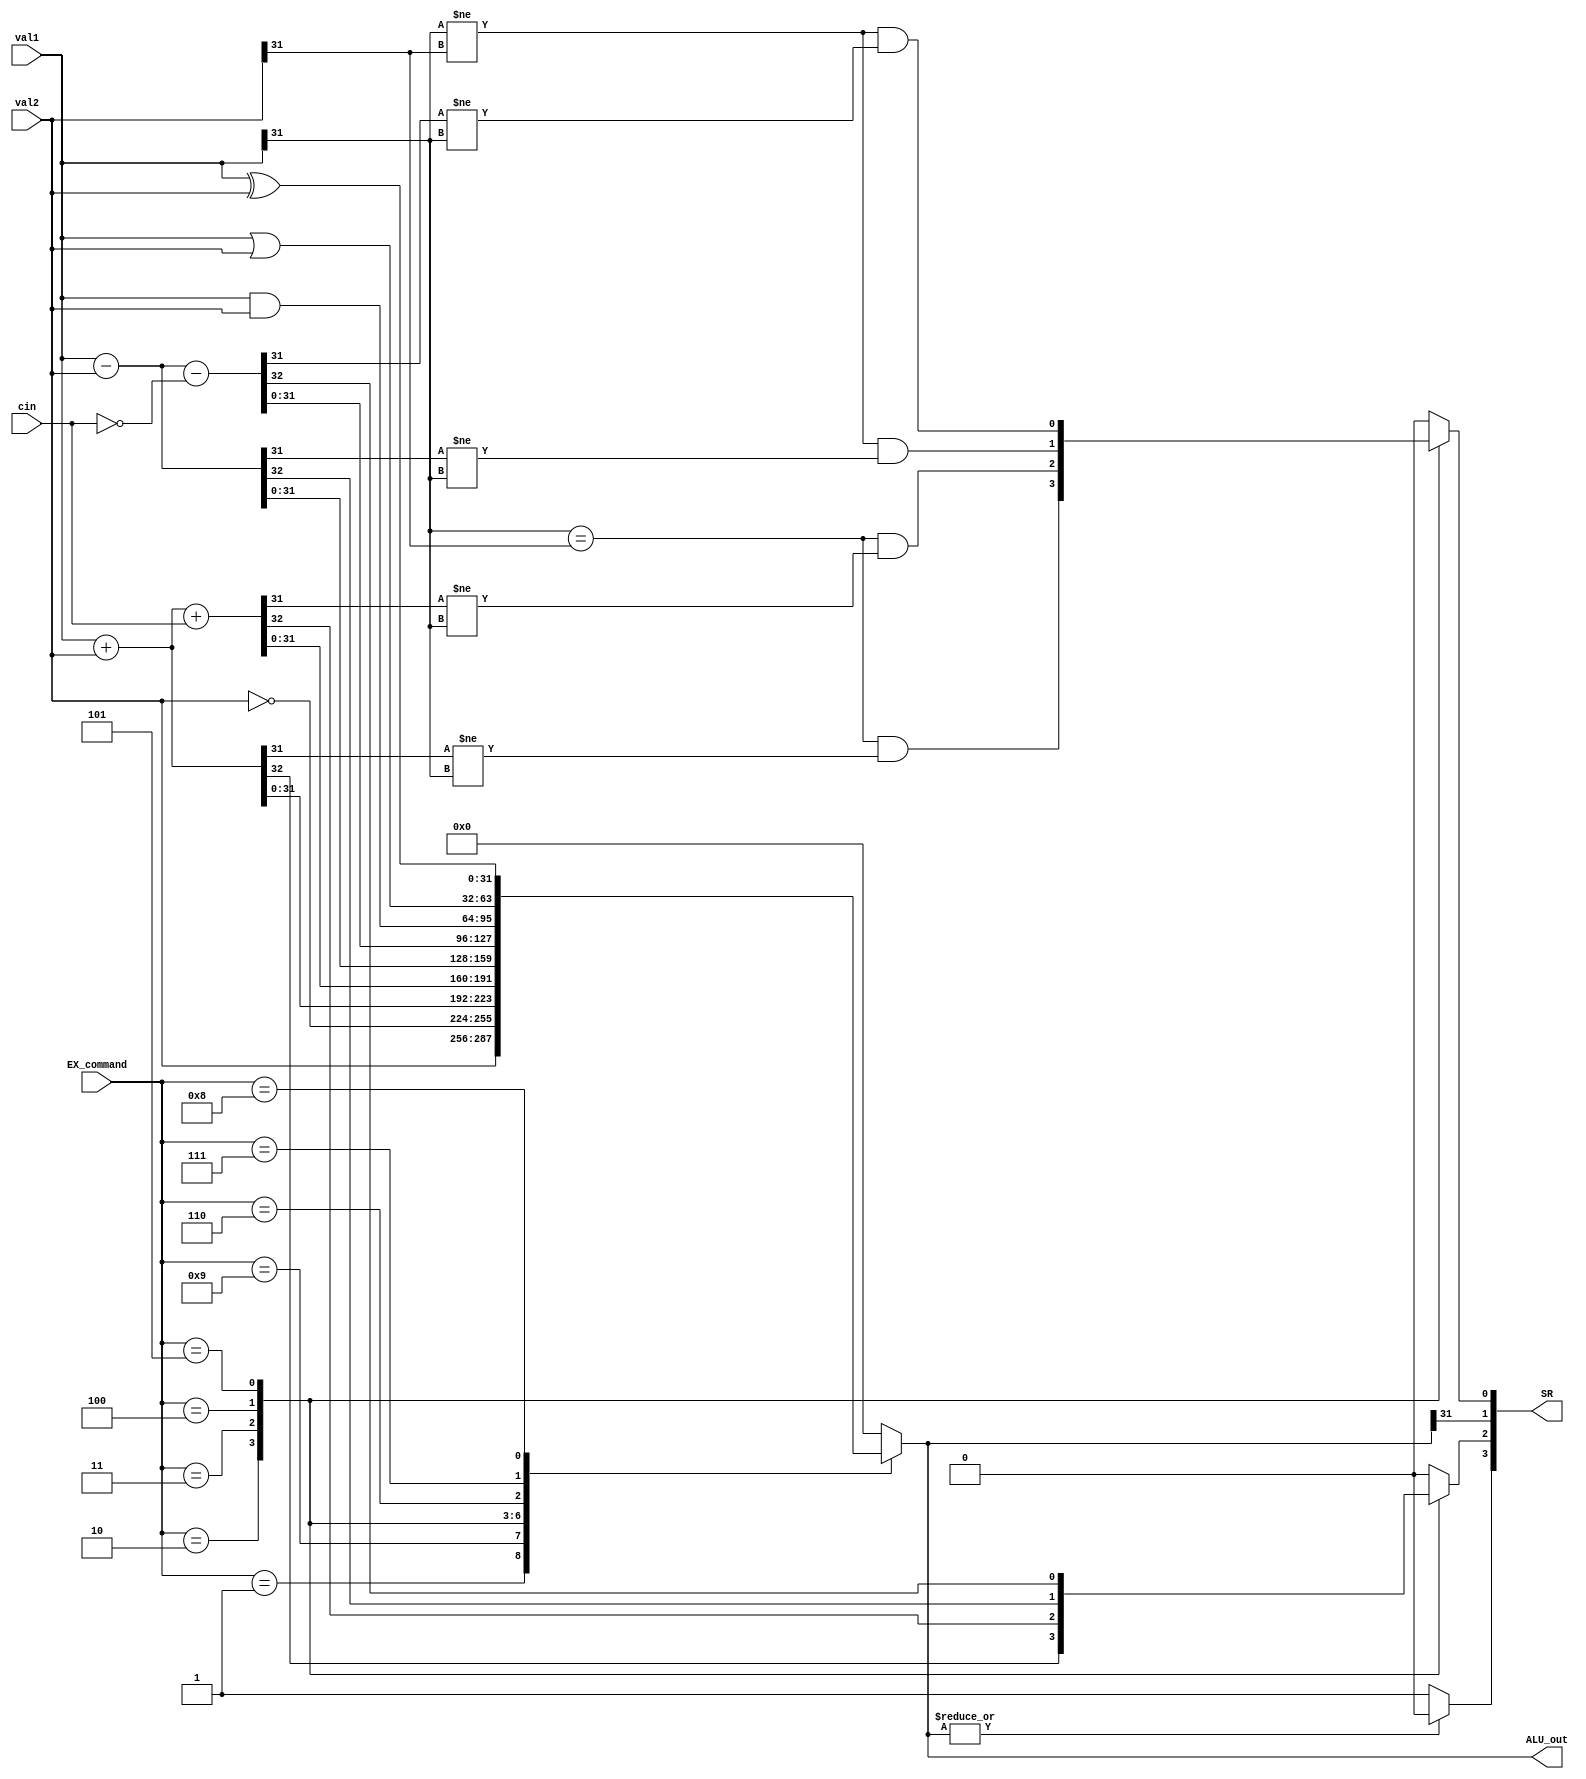
`timescale 1ns / 1ns

`define WORD_WIDTH 32
`define REG_FILE_ADDRESS_LEN 4
`define REG_FILE_SIZE 16
`define MEMORY_DATA_LEN 8
`define MEMORY_SIZE 2048
`define SIGNED_IMM_WIDTH 24
`define SHIFTER_OPERAND_WIDTH 12

`define INSTRUCTION_LEN         32
`define INSTRUCTION_MEM_SIZE    2048
`define DATA_MEM_SIZE 64

`define LSL_SHIFT 2'b00
`define LSR_SHIFT 2'b01
`define ASR_SHIFT 2'b10
`define ROR_SHIFT 2'b11

`define MODE_ARITHMETIC 2'b00
`define MODE_MEM 2'b01
`define MODE_BRANCH 2'b10

`define EX_MOV 4'b0001
`define EX_MVN 4'b1001
`define EX_ADD 4'b0010
`define EX_ADC 4'b0011
`define EX_SUB 4'b0100
`define EX_SBC 4'b0101
`define EX_AND 4'b0110
`define EX_ORR 4'b0111
`define EX_EOR 4'b1000
`define EX_CMP 4'b0100     ///1100
`define EX_TST 4'b0110     ///1110
`define EX_LDR 4'b0010     ///1010
`define EX_STR 4'b0010     ///1010

`define OP_MOV 4'b1101
`define OP_MVN 4'b1111
`define OP_ADD 4'b0100
`define OP_ADC 4'b0101
`define OP_SUB 4'b0010
`define OP_SBC 4'b0110
`define OP_AND 4'b0000
`define OP_ORR 4'b1100
`define OP_EOR 4'b0001
`define OP_CMP 4'b1010
`define OP_TST 4'b1000
`define OP_LDR 4'b0100
`define OP_STR 4'b0100

module ALU ( val1, val2, cin, EX_command, ALU_out, SR);
    input [`WORD_WIDTH-1:0] val1, val2;
    input cin;
    input [3:0] EX_command;
    output reg [`WORD_WIDTH-1:0] ALU_out;
    output [3:0] SR;

    reg V, C;
    wire N, Z;

    always @(*) begin
        {V, C} = 2'd0;
        case (EX_command)
            `EX_MOV: begin
                ALU_out = val2;
            end
            `EX_MVN: begin
                ALU_out = ~val2;
            end
            `EX_ADD: begin
                {C, ALU_out} = val1 + val2;
                V = ((val1[`WORD_WIDTH - 1] == val2[`WORD_WIDTH - 1]) & (ALU_out[`WORD_WIDTH - 1] != val1[`WORD_WIDTH - 1]));
            end
            `EX_ADC: begin
                {C, ALU_out} = val1 + val2 + {31'd0, cin};
                V = ((val1[`WORD_WIDTH - 1] == val2[`WORD_WIDTH - 1]) & (ALU_out[`WORD_WIDTH - 1] != val1[`WORD_WIDTH - 1]));
            end
            `EX_SUB: begin
               {C, ALU_out} = val1 - val2;
                V = ((val1[`WORD_WIDTH - 1] != val2[`WORD_WIDTH - 1]) & (ALU_out[`WORD_WIDTH - 1] != val1[`WORD_WIDTH - 1]));

            end
            `EX_SBC: begin
               {C, ALU_out} = val1 - val2 - {31'd0, ~cin};
                V = ((val1[`WORD_WIDTH - 1] != val2[`WORD_WIDTH - 1]) & (ALU_out[`WORD_WIDTH - 1] != val1[`WORD_WIDTH - 1]));
            end
            `EX_AND: begin
                ALU_out = val1 & val2;
            end
            `EX_ORR: begin
                ALU_out = val1 | val2;
            end
            `EX_EOR: begin
                ALU_out = val1 ^ val2;
            end
            default: ALU_out = {`WORD_WIDTH{1'b0}};
            // `EX_CMP: begin
            //     {C, ALU_out} = {val1[`WORD_WIDTH-1], val1} - {val2[`WORD_WIDTH-1], val2};
            //     V = ((val1[`WORD_WIDTH - 1] == val2[`WORD_WIDTH - 1]) & (ALU_out[`WORD_WIDTH - 1] != val1[`WORD_WIDTH - 1]));
            // end
            // `EX_TST: begin
            //     ALU_out = val1 & val2;
            // end
            // `EX_LDR: begin
            //     ALU_out = val1 + val2;
            // end
            // `EX_STR: begin
            //     ALU_out = val1 + val2;
            // end

        endcase
    end


    assign SR = {Z, C, N, V};
    assign N = ALU_out[`WORD_WIDTH-1];
    assign Z = |ALU_out ? 1'b0:1'b1;

endmodule